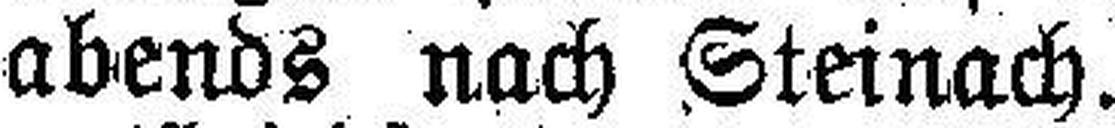
abends nach Steinach.